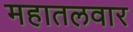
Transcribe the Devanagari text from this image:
महातलवार